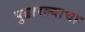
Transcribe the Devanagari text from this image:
पुढारल्याचा